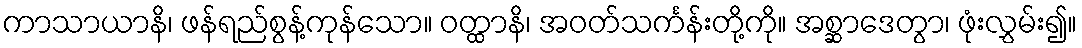
ကာသာယာနိ၊ ဖန်ရည်စွန့်ကုန်သော။ ဝတ္ထာနိ၊ အဝတ်သင်္ကန်းတို့ကို။ အစ္ဆာဒေတွာ၊ ဖုံးလွှမ်း၍။